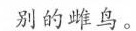
别的雌鸟。